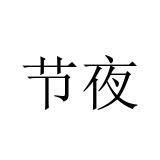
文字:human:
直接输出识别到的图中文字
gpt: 节夜